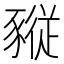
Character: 𧱷